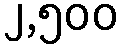
၂,၅၀၀